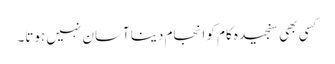
کسی بھی سنجیدہ کام کو انجام دینا آسان نہیں ہوتا۔